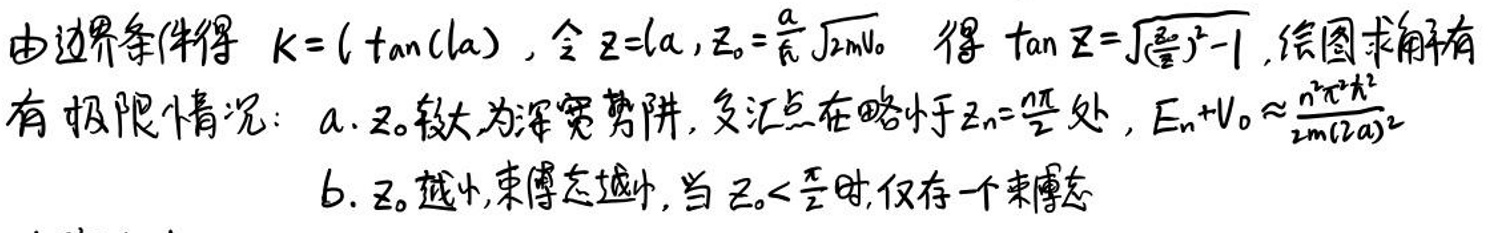
由边界条件得 \(K = \tan(\lambda / a)\)，令\(z_1 = \lambda / a\)，\(z_0 = \frac{a}{\lambda}\sqrt{2mE_0}\) 得 \(\tan z_1 = \sqrt{\left(\frac{\lambda}{a}\right)^2 - 1}\)，绘图解有极限情况：

a. \(z_0\)较大为深势阱，交点在略小于\(z_1=\frac{\pi}{2}\)处，\(E_n + V_0 \approx \frac{n^2 \pi^2 \hbar^2}{2m(\lambda a)^2}\)

b. \(z_0\)越小，束缚态越少，当\(z_0 < \frac{\pi}{2}\)时，仅存一个束缚态